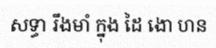
សទ្ធា រឹងមាំ ក្នុង ដៃ ងោ ហន